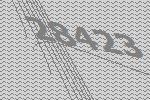
28423